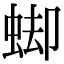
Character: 䖼